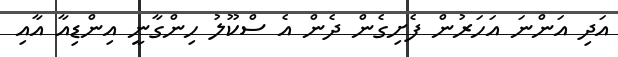
އަދި އަންނަ އަހަރުން ފެށިގެން ދެން އެ ސްކޫލު ހިންގާނީ އިންޑިއާ އާއި